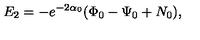
E _ { 2 } = - e ^ { - 2 \alpha _ { 0 } } ( \Phi _ { 0 } - \Psi _ { 0 } + N _ { 0 } ) ,